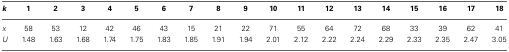
| k | 1 | 2 | 3 | 4 | 5 | 6 | 7 | 8 | 9 | 10 | 11 | 12 | 13 | 14 | 15 | 16 | 17 | 18 |
 | --- | --- | --- | --- | --- | --- | --- | --- | --- | --- | --- | --- | --- | --- | --- | --- | --- | --- | --- |
 | x | 58 | 53 | 12 | 42 | 46 | 43 | 15 | 21 | 22 | 71 | 55 | 64 | 72 | 68 | 33 | 39 | 62 | 41 |
 | U | 1.48 | 1.63 | 1.68 | 1.74 | 1.75 | 1.83 | 1.85 | 1.91 | 1.94 | 2.01 | 2.12 | 2.22 | 2.24 | 2.29 | 2.33 | 2.35 | 2.47 | 3.05 |